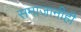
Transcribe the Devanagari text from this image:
समाजानीही